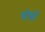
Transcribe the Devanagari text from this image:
चॉलों